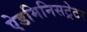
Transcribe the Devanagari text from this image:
ऐडमिनिसट्रेटर